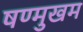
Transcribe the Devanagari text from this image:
षण्मुखम